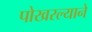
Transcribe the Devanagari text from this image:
पोखरल्याने